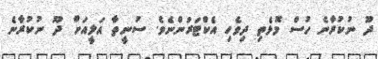
ދޫ ނުކުރާނެ ހުސް މޮޅެތި ދިވެހި އެކްޓަރުންނެވެ. ސުނީތާ އަލީއަށް ދޫ ނުކުރާނެ